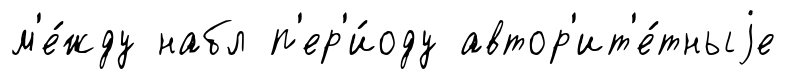
м'е́жду набл п'ер'и́оду автор'ит'е́тныjе